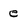
Character: e